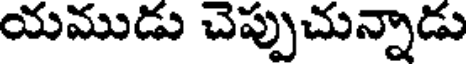
యముడు చెప్పుచున్నాడు